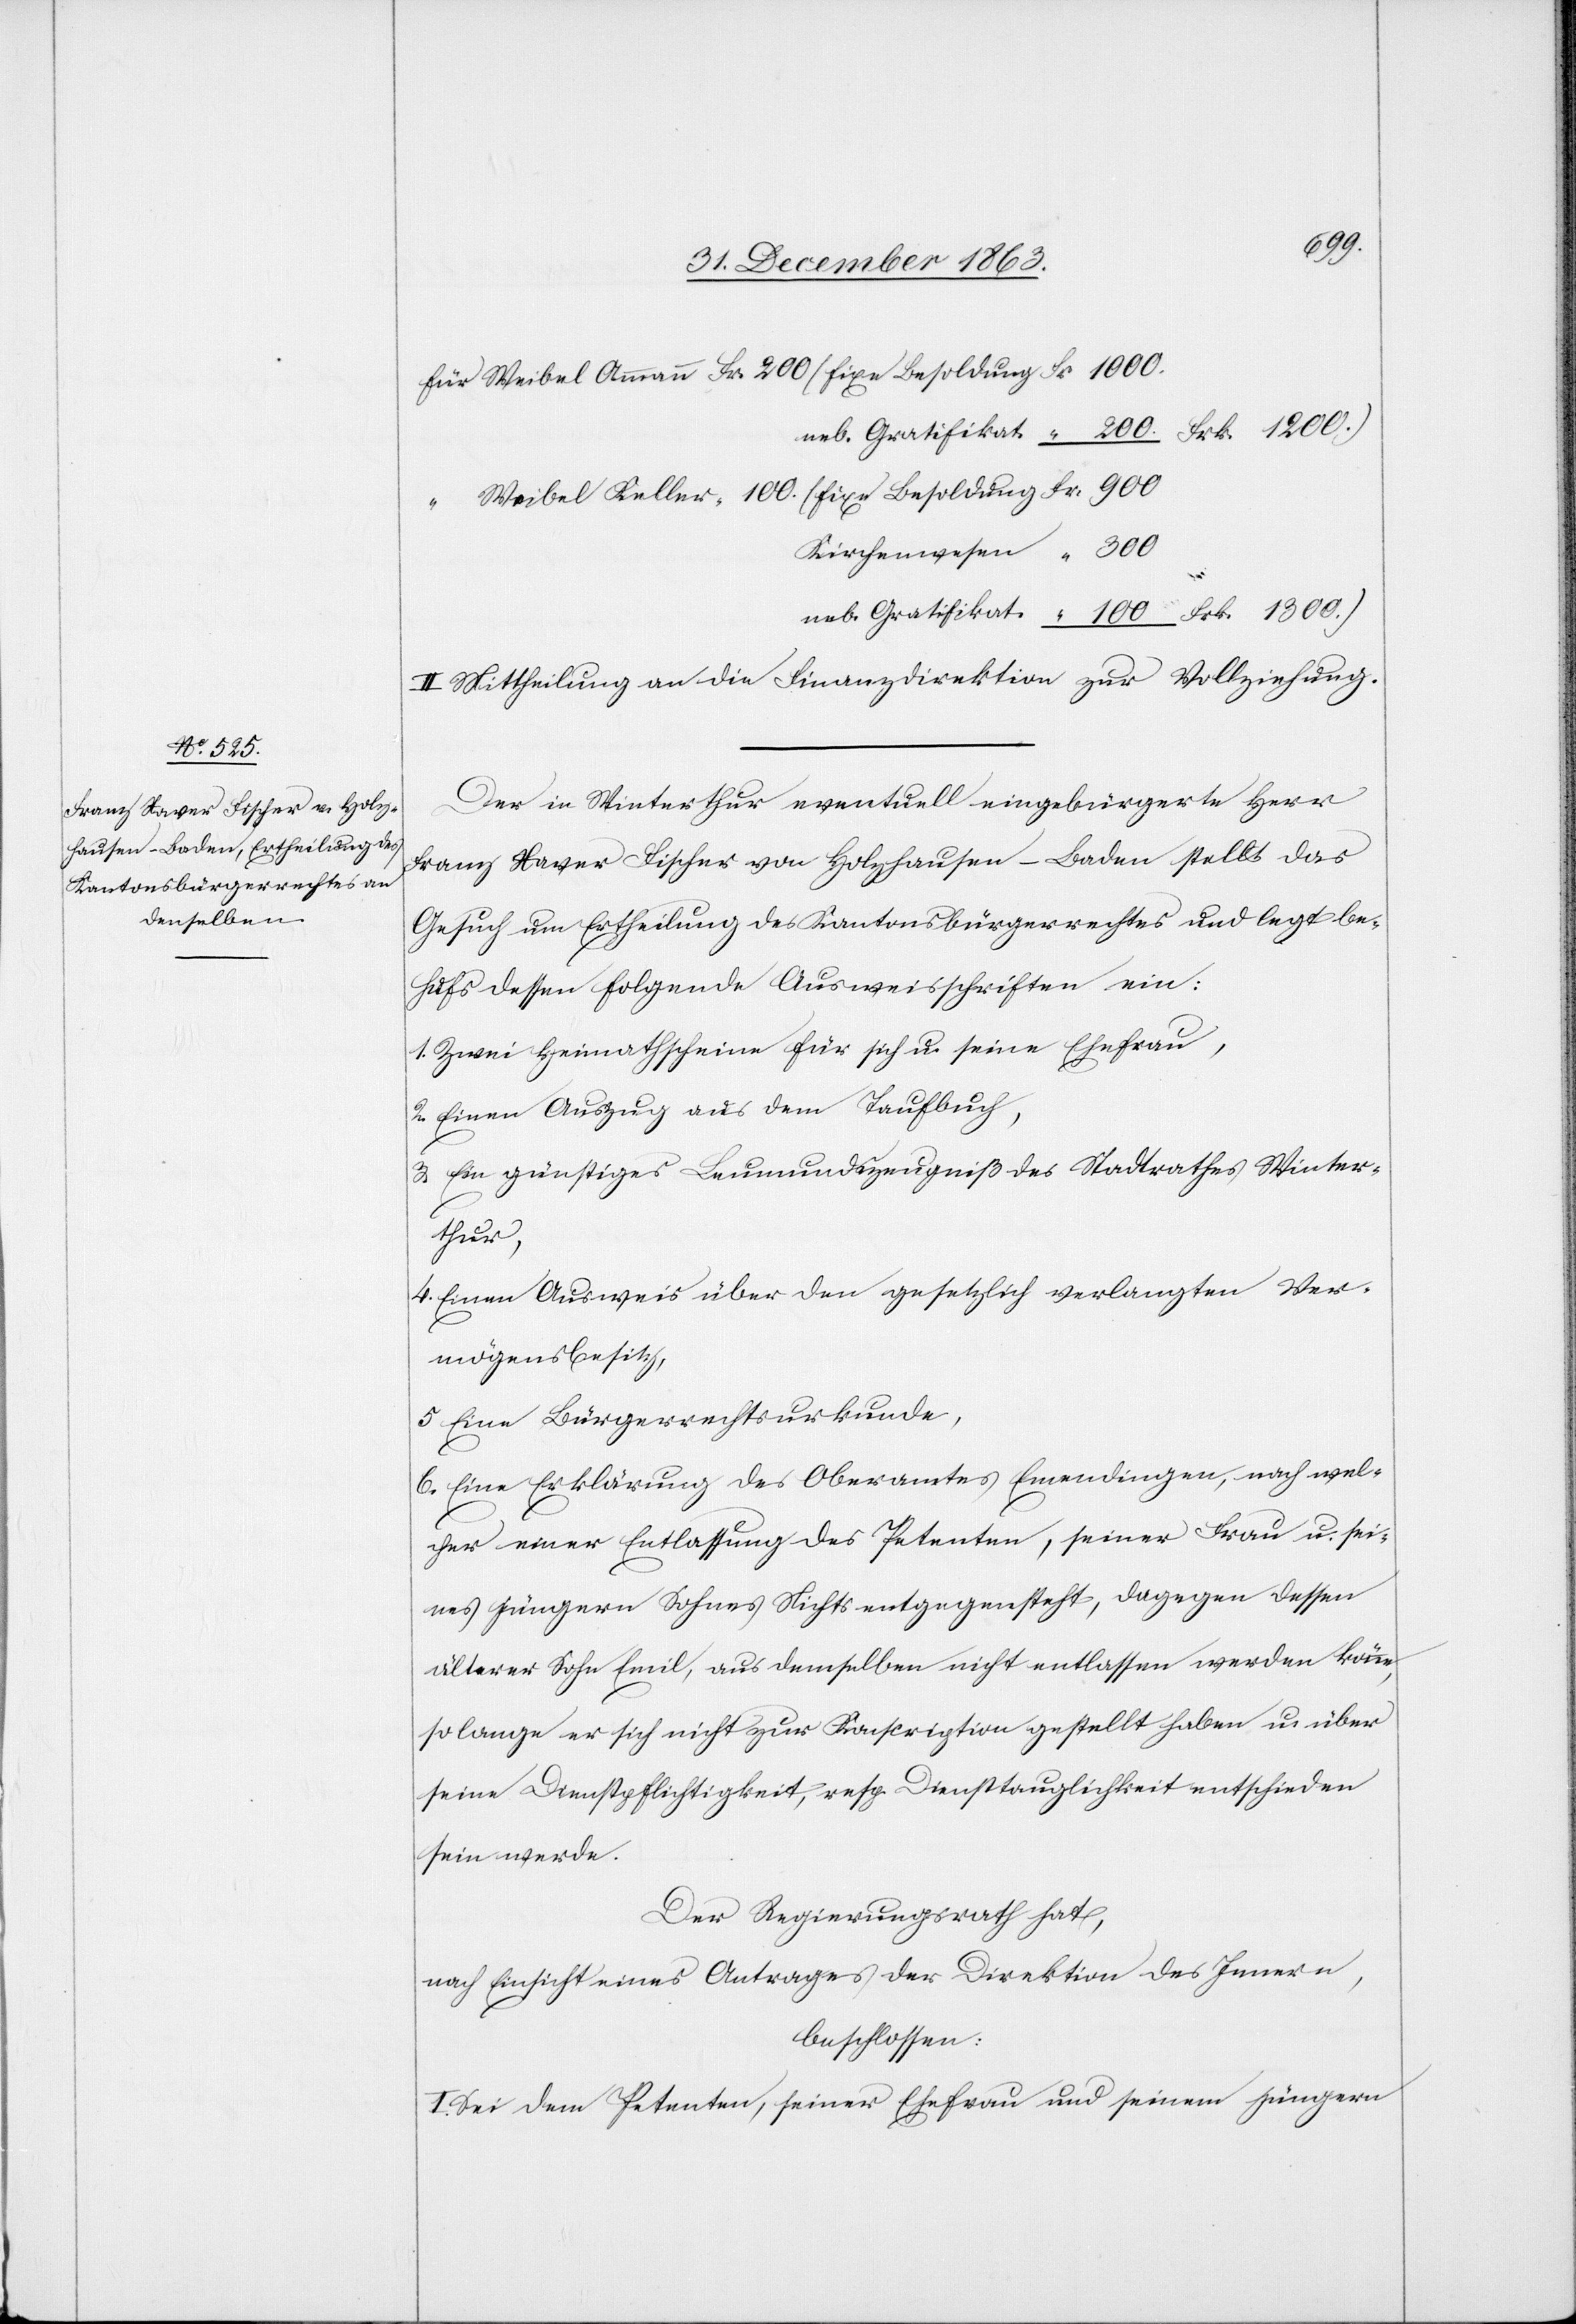
Frk. 1200.)

100.
Kirchenwesen
II. Mittheilung an die Finanzdirektion zur Vollziehung.
Der in Winterthur eventuell eingebürgerte Herr
Franz Xaver Fischer von Holzhausen-Baden stellt das
Gesuch um Ertheilung des Kantonsbürgerrechtes und legt be¬
hufs dessen folgende Ausweisschriften ein:
1. Zwei Heimathscheine für sich u. seine Ehefrau,
2. Einen Auszug aus dem Taufbuch,
3. Ein günstiges Leumundszeugniß des Stadtrathes Winter¬
thur,
4. Einen Ausweis über den gesetzlich verlangten Ver¬
mögensbesitz,
5. Eine Bürgerrechtsurkunde,
6. Eine Erklärung des Oberamtes Emendingen, nach wel¬
cher einer Entlassung des Petenten, seiner Frau u. sei¬
nes jüngern Sohnes Nichts entgegensteht, dagegen dessen
älterer Sohn Emil, aus demselben nicht entlassen werden könne,
solange er sich nicht zur Konscription gestellt haben u. über
seine Dienstpflichtigkeit, resp. Diensttauglichkeit entschieden
sein werde.
Der Regierungsrath hat,
nach Einsicht eines Antrages der Direktion des Innern,
beschlossen:
I. Sei dem Petenten, seiner Ehefrau und seinem jüngern